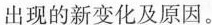
出现的新变化及原因。